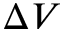
\Delta V